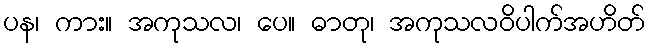
ပန၊ ကား။ အကုသလ၊ ပေ။ ဓာတု၊ အကုသလဝိပါက်အဟိတ်